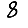
Digit: 8